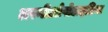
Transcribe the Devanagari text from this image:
लरनीओपोडाइडिया